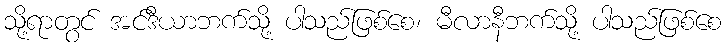
သို့ရာတွင် အင်ဒီယာဘက်သို့ ပါသည်ဖြစ်စေ၊ မီလာနီဘက်သို့ ပါသည်ဖြစ်စေ